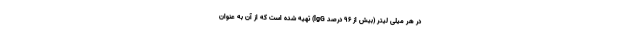
در هر میلی لیتر (بیش از ۹۶ درصد lgG) تهیه شده است که از آن به عنوان